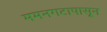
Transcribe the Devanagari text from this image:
ममनगटापासून